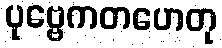
ပုဗ္ဗေကတဟေတု